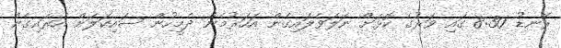
ރޭނޑު 8:30 ގައި ވަރުގެ ކޮޅަށް ނަލަވެލައިގެން އަހަރުމެން ދެމީހުން ސައިކަލަށް އަރައިގެން